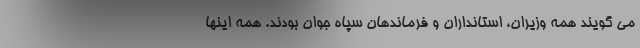
می گویند همه وزیران، استانداران و فرماندهان سپاه جوان بودند. همه اینها